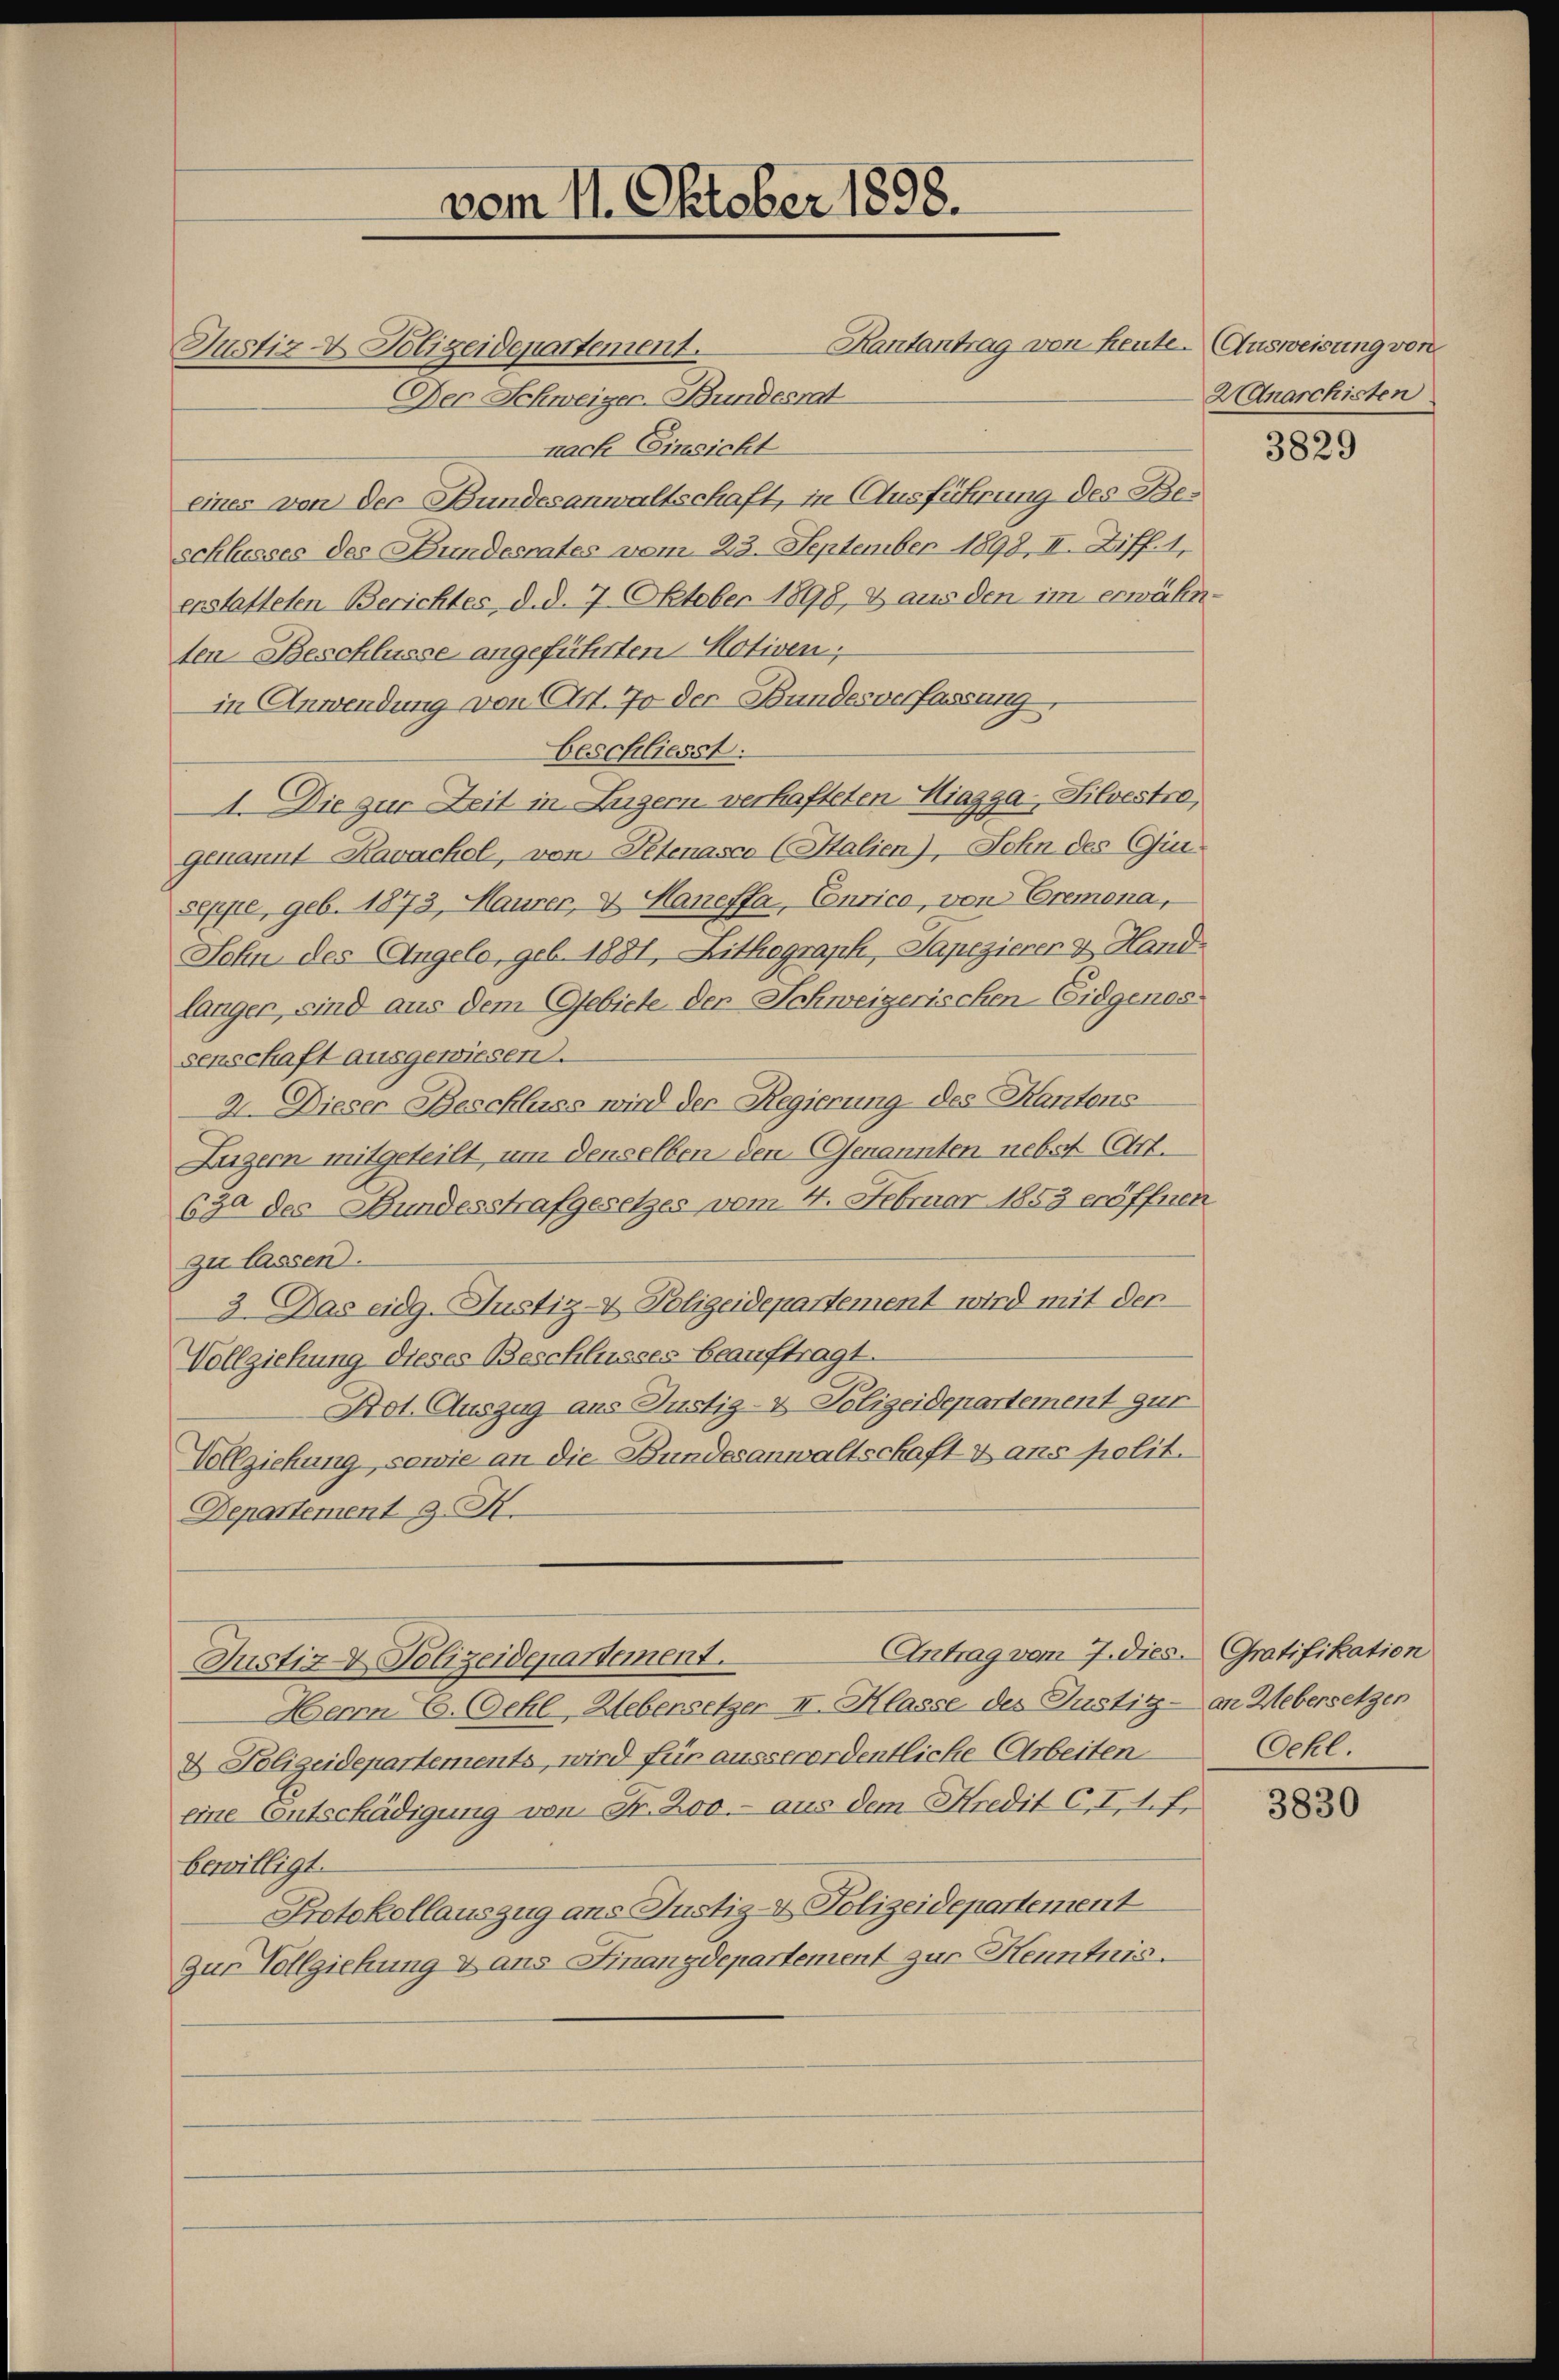
Kantantrag von heute. Ausweisung von
Justiz- & Polizeidepartement.
Der Schweizer-Bundesrat
nach Einsicht
eines von der Bundesanwaltschaft, in Ausführung des Beschlusses des Bundesrates vom 23. September 1898, II. Ziff. 1,
enstatteten Berichtes, d. d. 7. Oktober 1898, & aus den im erwähnten Beschlüsse angeführten Motiven,
in Anwendung von Art. 70 der Bundesverfassung,
beschliesst.
4. Die zur Zeit in Zugern verhafteten Hiagga-Silvestro,
genannt Kavachel, von Petenasco (Italien), Sohn des Gii
seppe, geb. 1873 Maurer, & Haneffa, Courico, von Cremona,
Sohn des Angelo, geb. 1881, Lithograph, Sapezierer & Hand
länger, sind aus dem Gebiete der Schweizerischen Eidgenos
senschaft ausgewiesen.
2. Dieser Beschluss wird der Regierung des Kantons
Luzern mitgeteilt, um denselben den Genannten nebst (Art.
690 des Bundesstrafgesetzes vom 4. Februar 1853 eröffnet
zu lassen.
3 Das eidg. Justiz- & Polizeidepartement wird mit der
Vollziehung dieses Beschlusses beauftragt.
Not. Auszug aus Justiz- & Polizeidepartement zur
Vollziehung, sowie an die Bundesanwaltschaft dans polit.
Departement J. A.
Antrag vom 7. dies. Gratifikation
Justiz & Polizeidepartement.
Herrn E. Gehl, Uebersetzer II. Klasse des Justitz- an Uebersetzen
& Polizeidepartements, wird für ausserordentliche Arbeiten
eine Entschädigung von Fr. 200.- aus dem Kredit C. I, 1. f.
bewilligt.
Protokollauszug aus Justiz- & Polizeidepartement
Zur Vollziehung & ans Finanzdepartement zur Kenntnis.

vom 11. Oktober 1898.

HAnarchisten

3829

Oehl.

3830